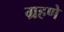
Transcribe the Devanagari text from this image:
ग्रहणे